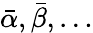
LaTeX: \bar{\alpha},\bar{\beta},\ldots